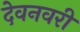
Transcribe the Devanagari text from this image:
देवनवरी